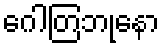
ဂေါတြဘုနော